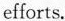
efforts.